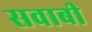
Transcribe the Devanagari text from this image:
सवाबी